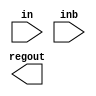
module substract(
    input [3:0] in,
    input [3:0] inb,
    output [3:0] regout
);

assign out = in - inb;

endmodule